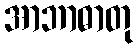
အာဘာဓာတု